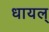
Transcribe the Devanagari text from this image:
धायल्